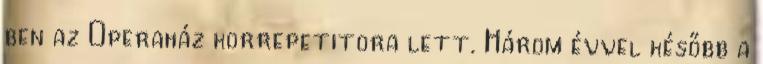
ben az Operaház korrepetitora lett. Három évvel később a